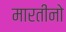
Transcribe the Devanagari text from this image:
मारतीनो